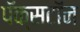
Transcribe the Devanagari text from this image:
पॅक्सटॉन